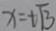
x = t \sqrt { 3 }